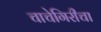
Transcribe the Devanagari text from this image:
चाचेगिरीचा